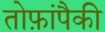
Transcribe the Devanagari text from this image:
तोफ़ांपैकी